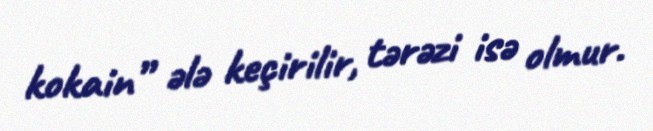
kokain” ələ keçirilir, tərəzi isə olmur.